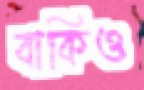
বাকিও